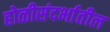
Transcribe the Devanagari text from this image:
होळीसंदर्भातील